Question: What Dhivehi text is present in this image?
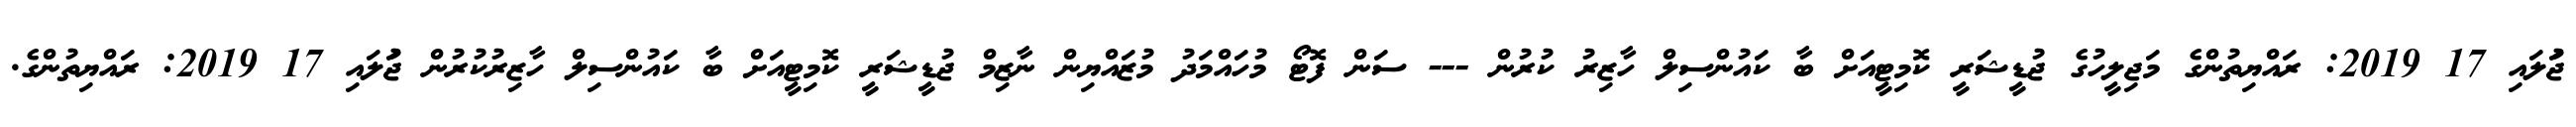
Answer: ޖުަލައި 17 2019: ރައްޔިތުންގެ މަޖިލީހުގެ ޖުޑީޝަރީ ކޮމިޓީއަށް ބާ ކައުންސިލް ހާޒިރު ކުރުން --- ސަން ފޮޓޯ މުހައްމަދު މުޒައްޔިން ނާޒިމް ޖުޑީޝަރީ ކޮމިޓީއަށް ބާ ކައުންސިލް ހާޒިރުކުރުން ޖުަލައި 17 2019: ރައްޔިތުންގެ.